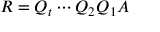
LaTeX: R = Q _ { t } \cdots Q _ { 2 } Q _ { 1 } A